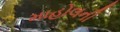
માહોલની